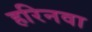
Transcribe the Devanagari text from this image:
हरिनवा